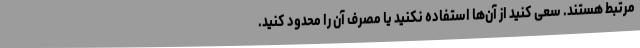
مرتبط هستند. سعی کنید از آن‌ها استفاده نکنید یا مصرف آن را محدود کنید.